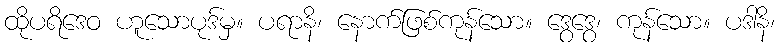
ထိုပရိဒေဝ ဟူသောပုဒ်မှ။ ပရာနိ၊ နောက်ဖြစ်ကုန်သော။ ဒွေဒွေ၊ ကုန်သော။ ပဒါနိ၊